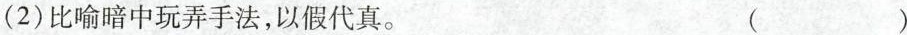
（2）比喻暗中玩弄手法，以假代真。（ ）